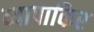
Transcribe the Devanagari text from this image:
व्यापाकिर